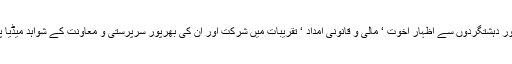
محب وطن روشن پاکستان پارٹی کے قائد و چیئرمین امیر پٹی نے کہا کہ جرائم پیشہ عناصر اور دہشتگردوں سے اظہار اخوت ‘ مالی و قانونی امداد ‘ تقریبات میں شرکت اور ان کی بھرپور سرپرستی و معاونت کے شواہد میڈیا پرہونے کے باوجود ان عناصر سے رابطوں کی تردید سیاستدانوں و حکمرانوں کی روایت ہے۔